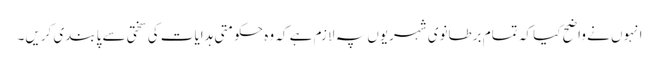
انہوں نے واضح کیا کہ تمام برطانوی شہریوں پہ لازم ہے کہ وہ حکومتی ہدایات کی سختی سے پابندی کریں۔